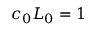
c _ { 0 } L _ { 0 } = 1